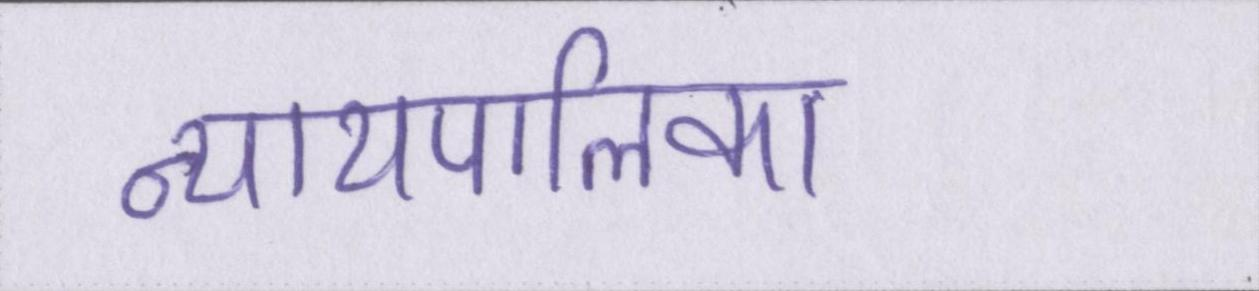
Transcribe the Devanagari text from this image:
न्यायपालिका